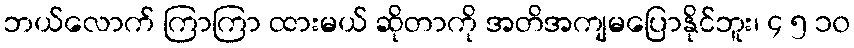
ဘယ်လောက် ကြာကြာ ထားမယ် ဆိုတာကို အတိအကျမပြောနိုင်ဘူး၊ ၄ ၅ ၁၀